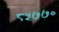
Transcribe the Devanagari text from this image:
८५७७०